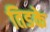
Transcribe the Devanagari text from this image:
तिडके